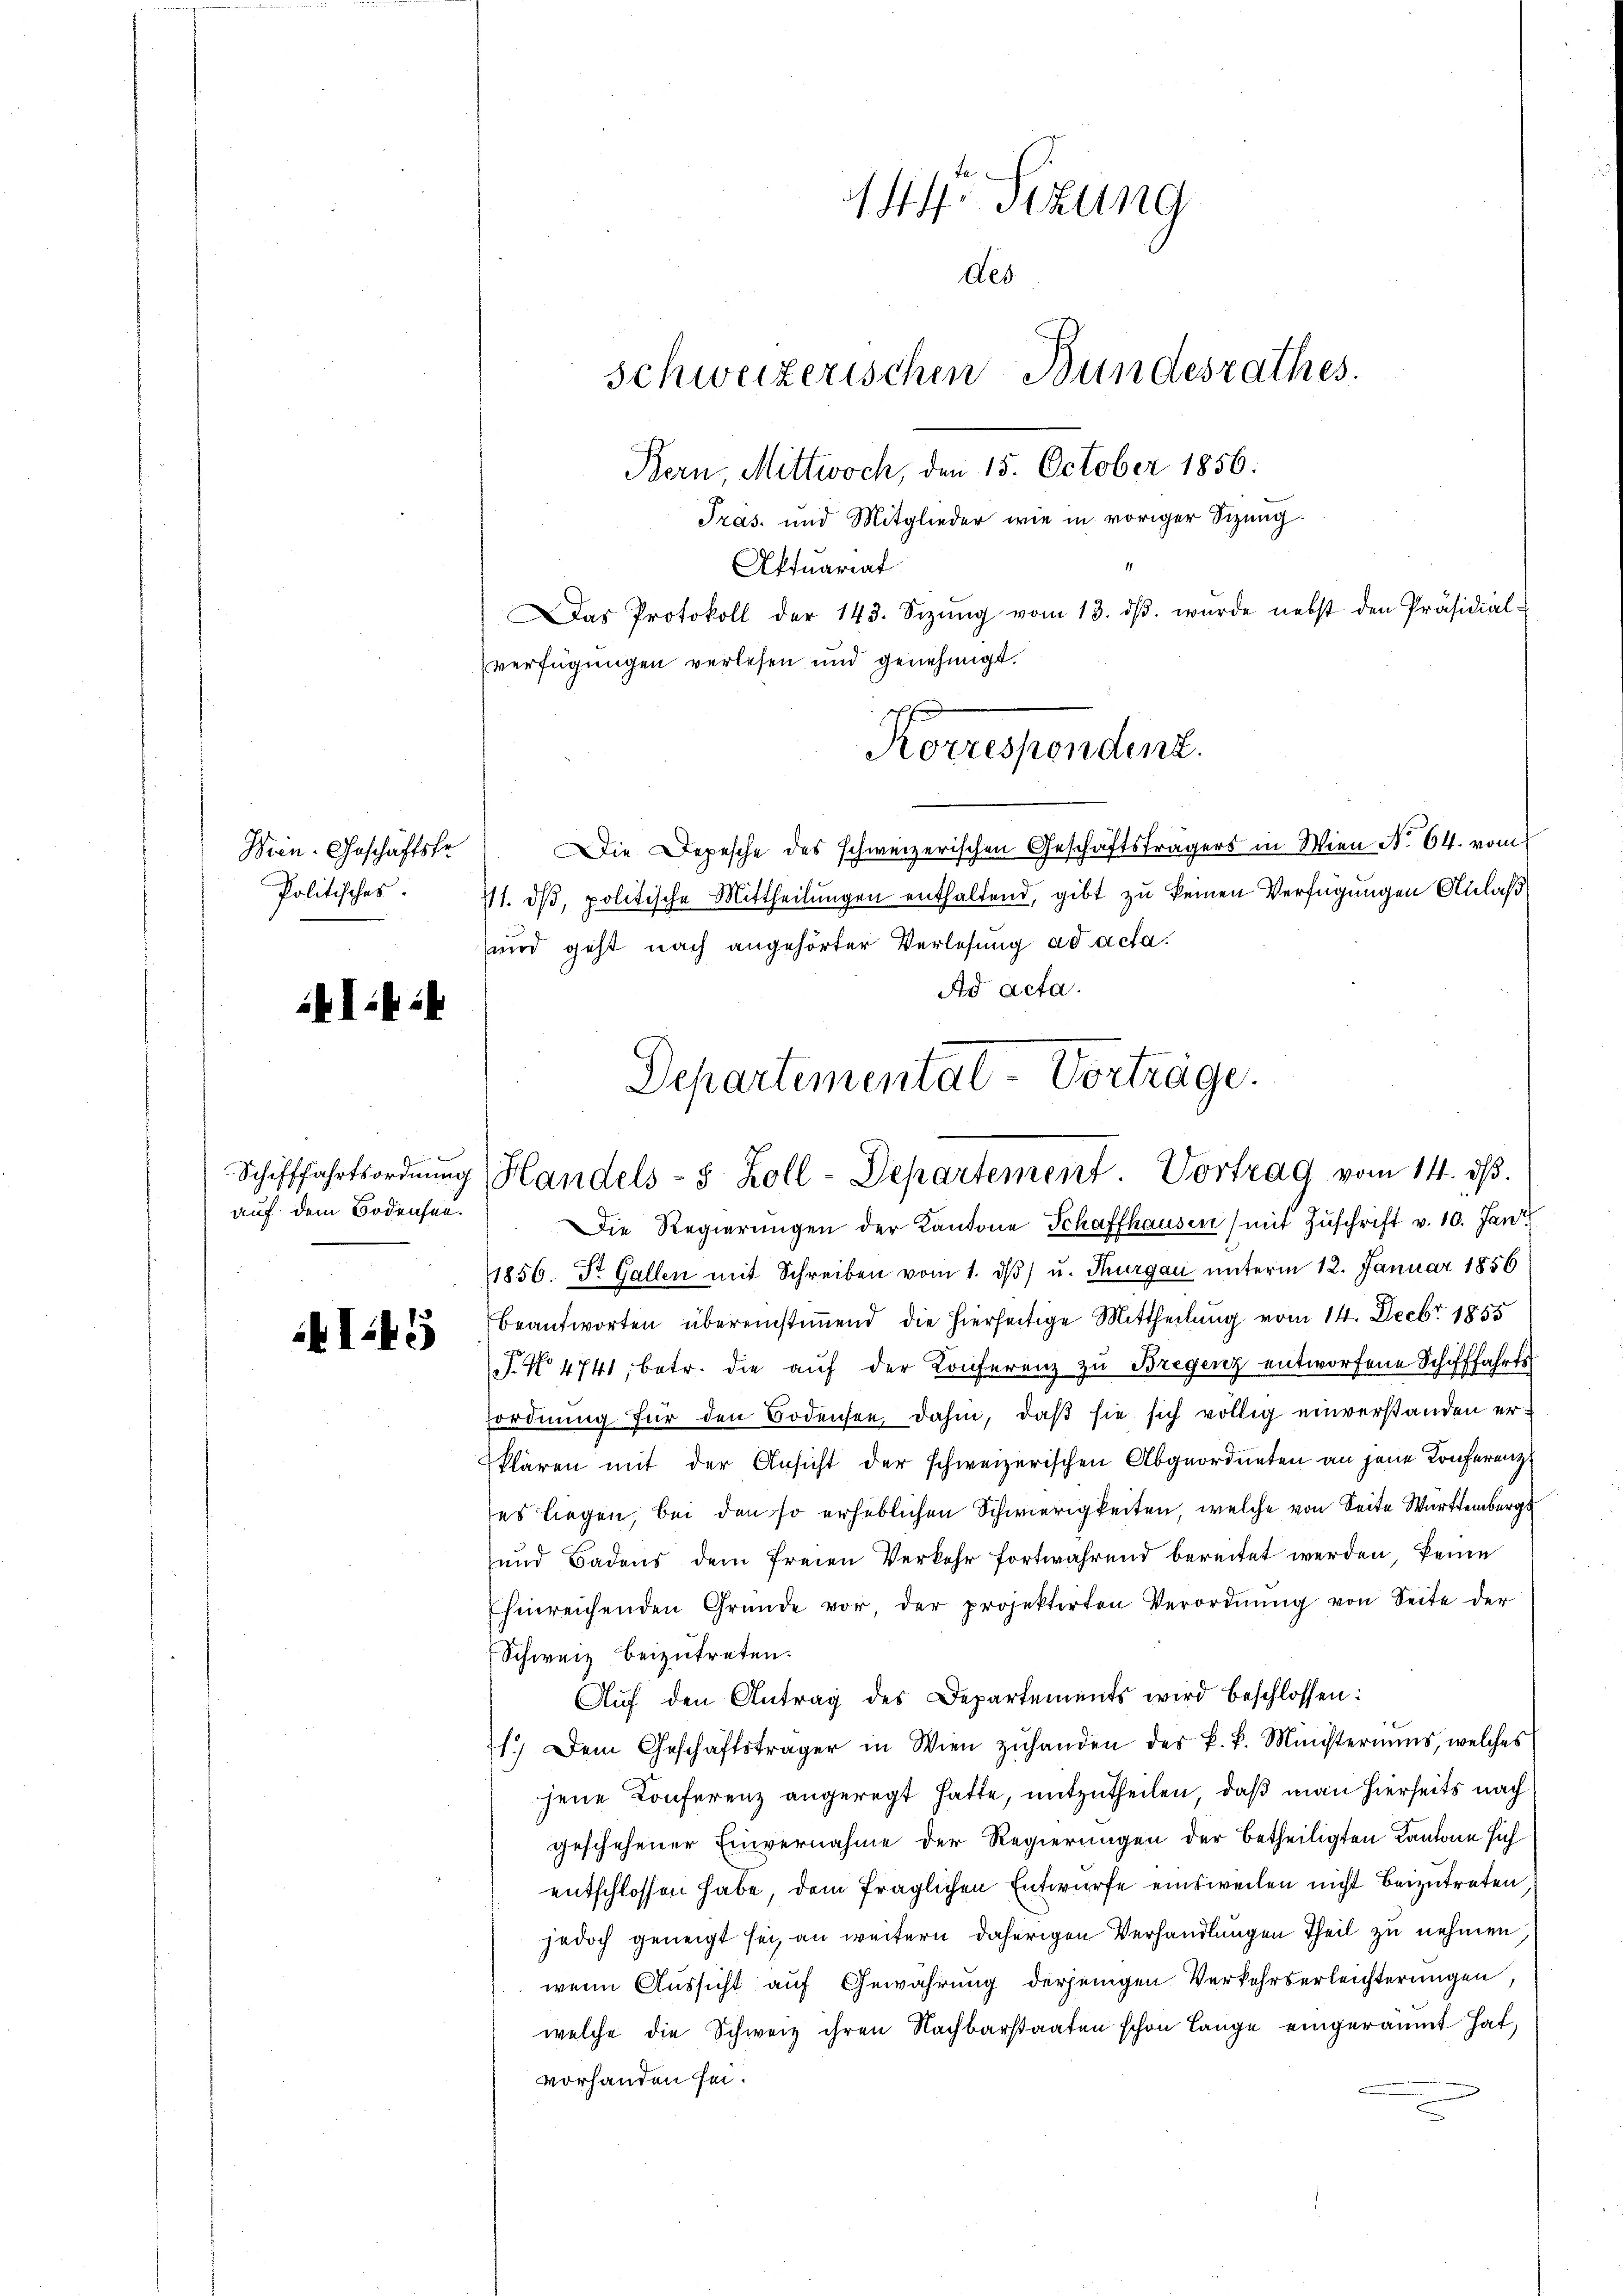
Wien. Geschäftskr
Politisches

AI.44

Schifffahrtsordnung
auf dem Bodensee.

I41

144. Sitzung
des
Schweizerischen Bundesrathes.
Bern, Mittwoch, den 15. October 1856:
Tras. und Mitglieder wie in voriger Sizung.
Aktuariat
Das Protokoll der 143. Sizŭng vom 13. dβ. wurde nebst den Präsidial-
verfügungen verlesen und genehmigt.
7f
Korrespondent.
Die Depesche des schweizerischen Geschäftsträgers in Wien No 64. vom
711. dβ, politische Mittheilungen enthaltend, gibt zu keinen Verfügungen Anlaß
wird geht nach angehörter Verlesung ad acta.
Ad acta.

Departemental-Vorträge.
Handels- 5 Zoll-Departement. Vortrag vom 14. dβ.

Die Regierungen der Kantone Schaffhausen (mit Zuschrift v. 10. Jan.
1856. Dr. Gallen mit Schreiben vom 1. d) u. Thurgau unterm 12. Januar 1856
beantworten übereinstimmend die hierseitige Mittheilung vom 14. Decbr. 1855
. No 4741, betr. die aŭf der Konferenz zu Bregenz entworfene Schifffahrts
ordnŭng für den Bodensee, dahin, daβ sie sich völlig einverstanden erklären mit der Ansicht der schweizerischen Abgeordneten an jene Konferenz
es liegen, bei den so erheblichen Schwierigkeiten, welche von Seite Württemberg
und Badens dem freien Verkehr fortwährend bereitet werden keine
hinreichenden Gründe vor, der projektirten Verordnŭng von Seite der
Schweiz beizutreten.
Aŭf den Antrag des Departements wird beschlossen:
1.) Dem Geschäftsträger in Wien zŭhanden des k. k. Ministeriums, welches
jene Conferenz angeregt hatte, mitzutheilen, daß man hierseits nach
geschehener Einvernahme der Regierungen der betheiligten Kantone sich
entschlossen habe, dem fraglichen Entwurfe einsweilen nicht beizutreten
jedoch geneigt sei, an weitern daherigen Verhandlungen Theil zu nehmen
wenn Aussicht auf Gewährung derjenigen Verkehrserleichterungen
welche die Schweiz ihren Nachbarstaaten schon lange eingeräumt hat,
vorhanden sei.